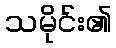
သမိုင်း၏